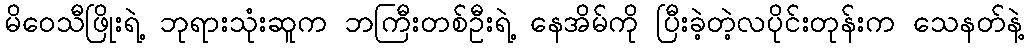
မိဝေသီဖြိုးရဲ့ ဘုရားသုံးဆူက ဘကြီးတစ်ဦးရဲ့ နေအိမ်ကို ပြီးခဲ့တဲ့လပိုင်းတုန်းက သေနတ်နဲ့